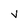
Character: V